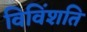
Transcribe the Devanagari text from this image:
विविंशति